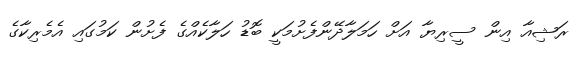
ރަޝިއާ އިން ސީރިޔާ އަށް ހަމަލާދޭންފެށުމަކީ ބޮޑު ހަލާކެއްގެ ފެށުން ކަމުގައި އެމެރިކާގެ